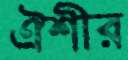
ঐশীর